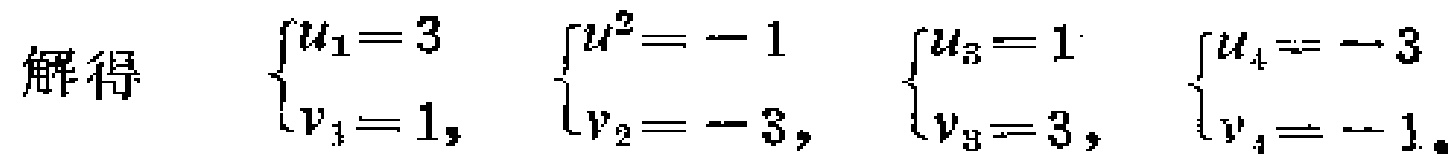
解得

\(\begin{cases}

u_1 = 3 \\

v_1 = 1

\end{cases}\)，

\(\begin{cases}

u_2 = -1 \\

v_2 = -3

\end{cases}\)，

\(\begin{cases}

u_3 = 1 \\

v_3 = 3

\end{cases}\)，

\(\begin{cases}

u_4 = -3 \\

v_4 = -1

\end{cases}\)。